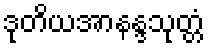
ဒုတိယအာနန္ဒသုတ္တံ